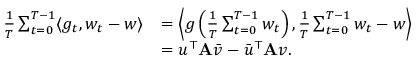
\begin{array} { r l } { \frac { 1 } { T } \sum _ { t = 0 } ^ { T - 1 } \langle g _ { t } , w _ { t } - w \rangle } & { = \left\langle g \left( \frac { 1 } { T } \sum _ { t = 0 } ^ { T - 1 } w _ { t } \right) , \frac { 1 } { T } \sum _ { t = 0 } ^ { T - 1 } w _ { t } - w \right\rangle } \\ & { = u ^ { \top } \mathbf { A } \bar { v } - \bar { u } ^ { \top } \mathbf { A } v . } \end{array}